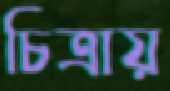
চিত্রায়